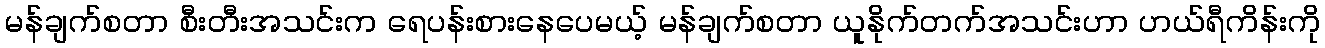
မန်ချက်စတာ စီးတီးအသင်းက ရေပန်းစားနေပေမယ့် မန်ချက်စတာ ယူနိုက်တက်အသင်းဟာ ဟယ်ရီကိန်းကို